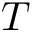
T